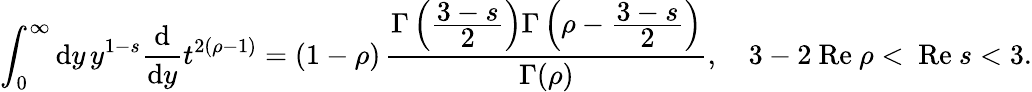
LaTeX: \int_{0}^{\infty}\mathrm{d}y\, y^{1-s}\frac{{\mathrm{d}}}{{\mathrm{d}y}}t^{2(\rho-1)}=(1-\rho)\, \frac{{\Gamma\left(\frac{{\displaystyle3-s}}{{\displaystyle2}}\right)\Gamma\left(\rho-\frac{{\displaystyle3-s}}{{\displaystyle2}}\right)}}{{\Gamma(\rho)}},\quad3-2\mathrm{{~Re~}}\rho<\mathrm{{~Re~}}s<3.